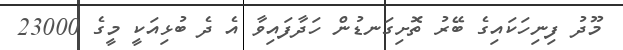
މޫދު ފިނިހަކައިގެ ބޭރު ތޮށިގަނޑުން ހަދާފައިވާ އެ ދެ ބުޅިއަކީ މީގެ 23000